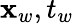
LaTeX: \mathbf{x}_{w},t_{w}